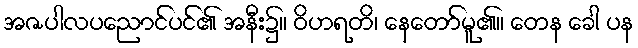
အဇပါလပညောင်ပင်၏ အနီး၌။ ဝိဟရတိ၊ နေတော်မူ၏။ တေန ခေါ ပန